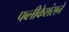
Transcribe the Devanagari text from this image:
पब्लीकेशंसने